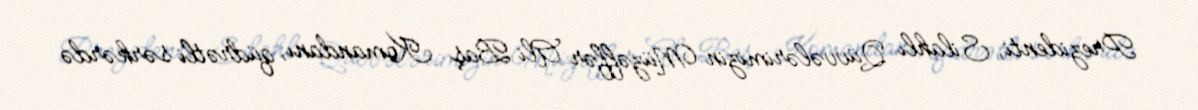
Prezidenti, Silahlı Qüvvələrimizin Müzəffər Ali Baş Komandanı, qüdrətli sərkərdə